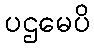
ပဌမေပိ